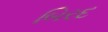
બિરદ